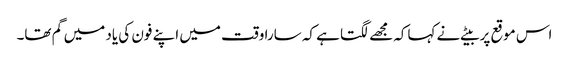
اس موقع پر بیٹے نے کہاکہ مجھے لگتا ہے کہ سارا وقت میں اپنے فون کی یاد میں گم تھا۔